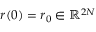
{ \boldsymbol { r } } ( 0 ) = { \boldsymbol { r } } _ { 0 } \in \mathbb { R } ^ { 2 N }